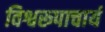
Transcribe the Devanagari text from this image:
विश्वरूपाचार्य